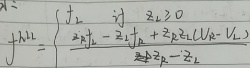
\[
j_{ij}=\begin{cases}
j_{1} & \text{当 }i = j,\ \ z_{i}\neq0 \\
\frac{1}{2}(j_{1}-j_{2})\frac{z_{i}z_{j}}{z_{1}^{2}+z_{2}^{2}}-\frac{1}{2}j_{2}\frac{z_{i}z_{j}}{z_{3}^{2}} & \text{当 }i\neq j
\end{cases}
\]